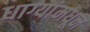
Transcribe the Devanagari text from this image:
धाग्यांमधून